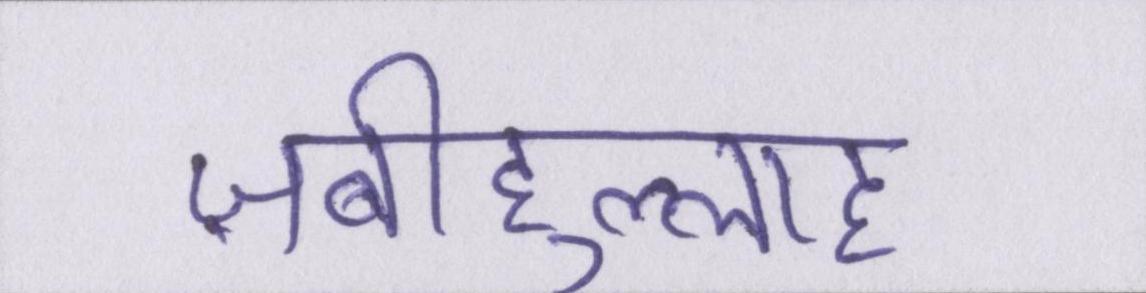
ज़बीहुल्लाह